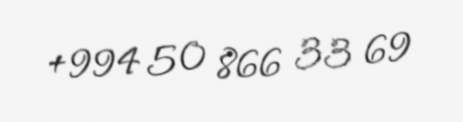
+994 50 866 33 69